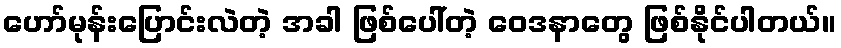
ဟော်မုန်းပြောင်းလဲတဲ့ အခါ ဖြစ်ပေါ်တဲ့ ဝေဒနာတွေ ဖြစ်နိုင်ပါတယ်။